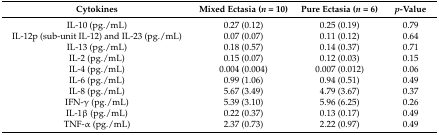
<table><thead><tr><td><b>Cytokines</b></td><td><b>Mixed Ectasia (<i>n</i> = 10)</b></td><td><b>Pure Ectasia (<i>n</i> = 6)</b></td><td><b><i>p</i>-Value</b></td></tr></thead><tbody><tr><td>IL-10 (pg./mL)</td><td>0.27 (0.12)</td><td>0.25 (0.19)</td><td>0.79</td></tr><tr><td>IL-12p (sub-unit IL-12) and IL-23 (pg./mL)</td><td>0.07 (0.07)</td><td>0.11 (0.12)</td><td>0.64</td></tr><tr><td>IL-13 (pg./mL)</td><td>0.18 (0.57)</td><td>0.14 (0.37)</td><td>0.71</td></tr><tr><td>IL-2 (pg./mL)</td><td>0.15 (0.07)</td><td>0.12 (0.03)</td><td>0.15</td></tr><tr><td>IL-4 (pg./mL)</td><td>0.004 (0.004)</td><td>0.007 (0.012)</td><td>0.06</td></tr><tr><td>IL-6 (pg./mL)</td><td>0.99 (1.06)</td><td>0.94 (0.51)</td><td>0.49</td></tr><tr><td>IL-8 (pg./mL)</td><td>5.67 (3.49)</td><td>4.79 (3.67)</td><td>0.37</td></tr><tr><td>IFN-γ (pg./mL)</td><td>5.39 (3.10)</td><td>5.96 (6.25)</td><td>0.26</td></tr><tr><td>IL-1β (pg./mL)</td><td>0.22 (0.37)</td><td>0.13 (0.17)</td><td>0.49</td></tr><tr><td>TNF-α (pg./mL)</td><td>2.37 (0.73)</td><td>2.22 (0.97)</td><td>0.49</td></tr></tbody></table>